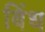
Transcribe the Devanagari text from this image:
बिंध